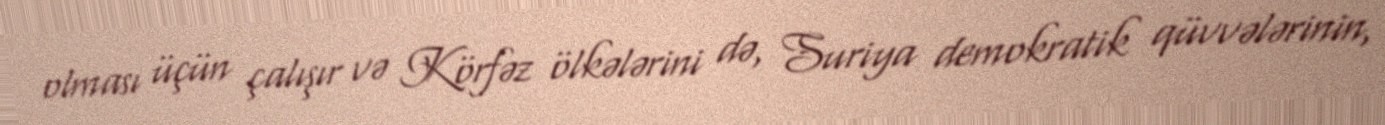
olması üçün çalışır və Körfəz ölkələrini də, Suriya demokratik qüvvələrinin,